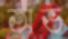
অভ